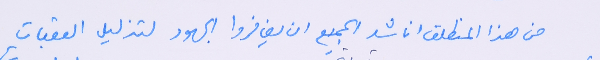
من هذا المنطلق اناشد الجميع  ان يضافروا الجهود لتذليل العقبات